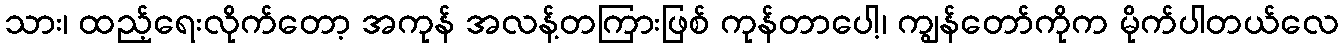
သား၊ ထည့်ရေးလိုက်တော့ အကုန် အလန့်တကြားဖြစ် ကုန်တာပေါ့၊ ကျွန်တော်ကိုက မိုက်ပါတယ်လေ